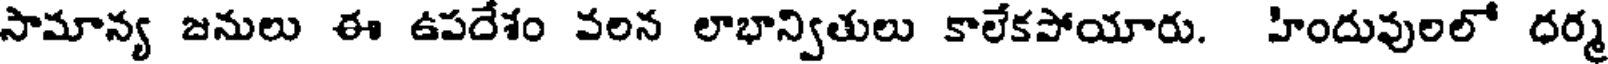
సామాన్య జనులు ఈ ఉపదేశం వలన లాభాన్వితులు కాలేకపోయారు. హిందువులలో ధర్మ